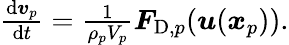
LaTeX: \begin{array}{r}{\frac{\mathrm{d}\boldsymbol{v}_{p}}{\mathrm{d}t}=\frac{1}{\rho_{p}V_{p}}\boldsymbol{F}_{\mathrm{D},p}(\boldsymbol{u}(\boldsymbol{x}_{p})).}\end{array}